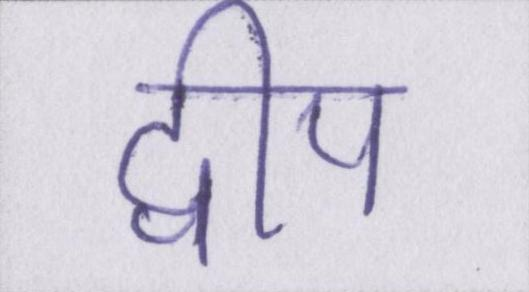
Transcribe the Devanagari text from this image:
द्वीप